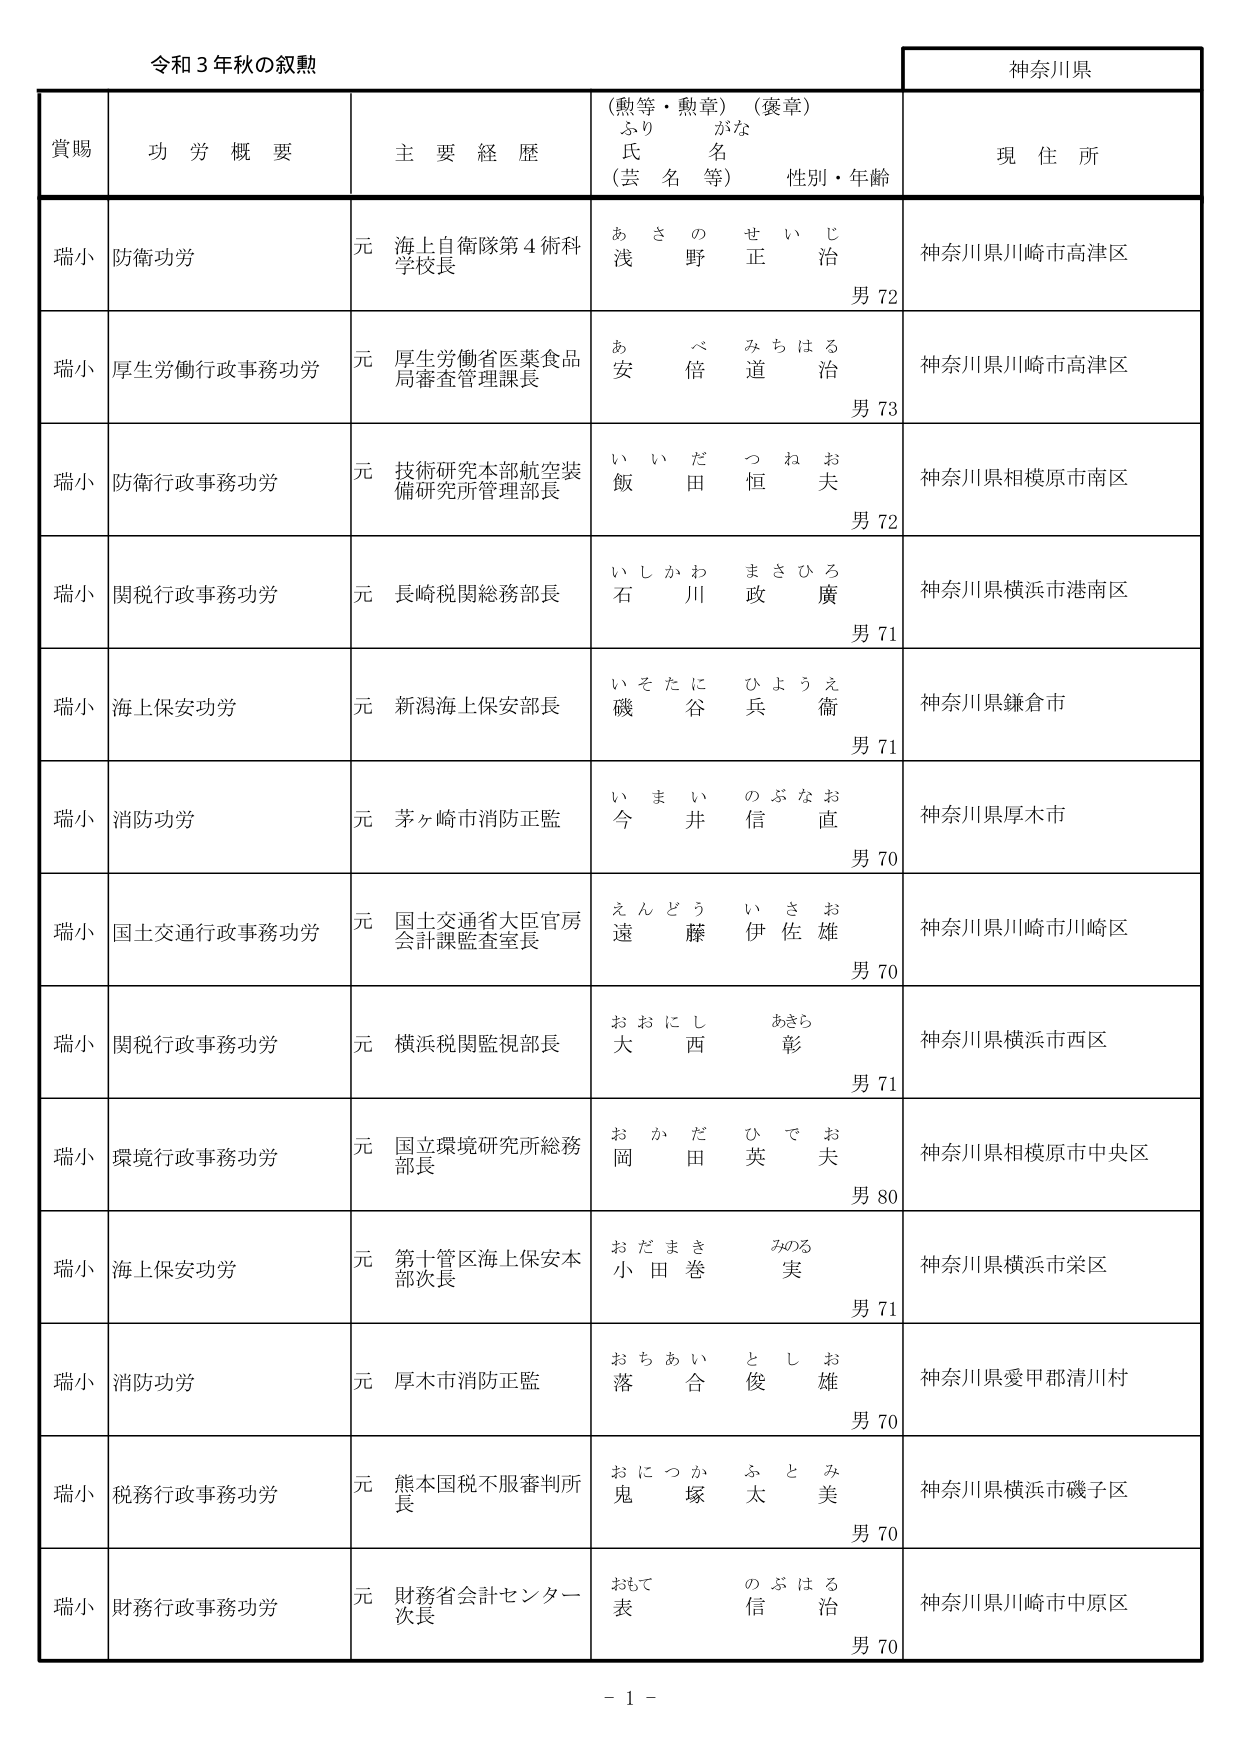
令和３年秋の叙勲

神奈川県

賞賜　　功労概要　　主要経歴　　（勲等・勲章）（褒章）　　現住所
　　　　　　　　　　　　ふりがな